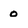
Character: o